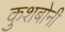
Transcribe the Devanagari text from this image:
कुशबोनी